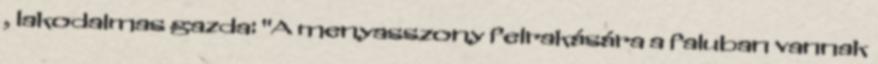
, lakodalmas gazda: "A menyasszony felrakására a faluban vannak